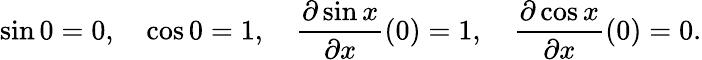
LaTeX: \sin 0=0,\quad\cos 0=1,\quad{\frac{\partial\sin x}{\partial x}}(0)=1,\quad{\frac{\partial\cos x}{\partial x}}(0)=0.